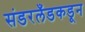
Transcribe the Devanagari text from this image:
संडरलँडकडून